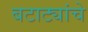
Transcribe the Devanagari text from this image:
बटाट्यांचे